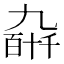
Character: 𫡰